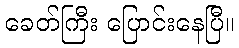
ခေတ်ကြီး ပြောင်းနေပြီ။